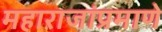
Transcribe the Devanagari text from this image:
महाराजांप्रमाणे